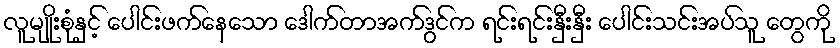
လူမျိုးစုံနှင့် ပေါင်းဖက်နေသော ဒေါက်တာအက်ဒွင်က ရင်းရင်းနှီးနှီး ပေါင်းသင်းအပ်သူ တွေကို